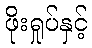
ဖိုးရှုပ်နှင့်